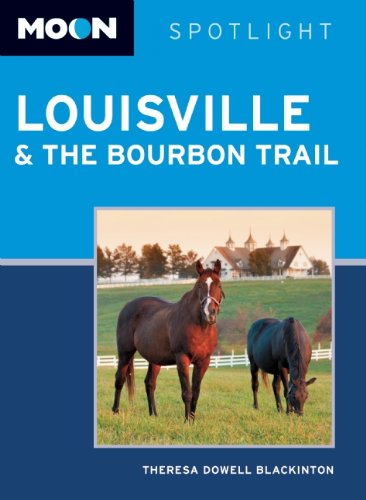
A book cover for Moon Spotlight Louisville & the Bourbon Trail; Theresa  Dowell Blackinton; Travel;